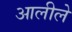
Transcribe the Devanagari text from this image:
आलीले